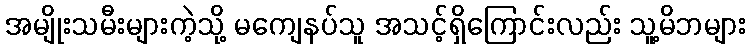
အမျိုးသမီးများကဲ့သို့ မကျေနပ်သူ အသင့်ရှိကြောင်းလည်း သူ့မိဘများ